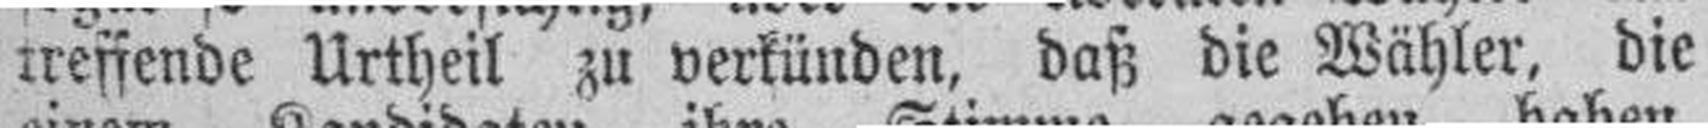
treffende Urtheil zu verkünden, daß die Wähler, die